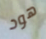
هود